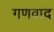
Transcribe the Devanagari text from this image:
गणवाद